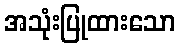
အသုံးပြုထားသော